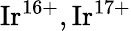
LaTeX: {\mathrm{Ir}}^{16+},{\mathrm{Ir}}^{17+}